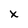
Character: X